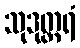
သုဒုတ္တရံ